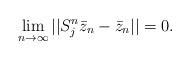
LaTeX: \begin{align*}\lim_{n\to\infty}||S_j^n\bar{z}_n-\bar{z}_n||=0.\end{align*}